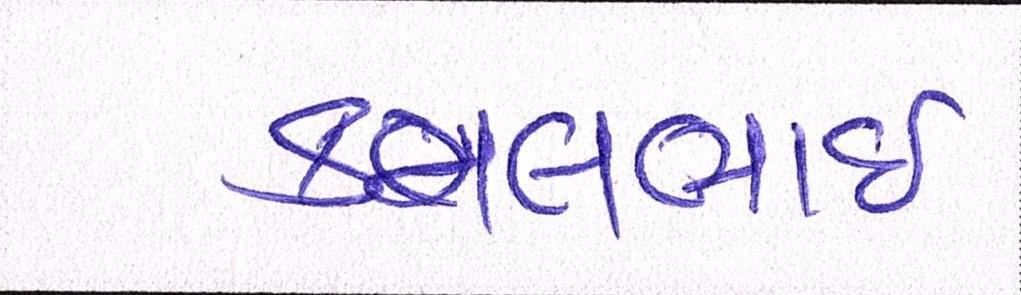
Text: કમલભાઇ